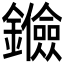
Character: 𨯘